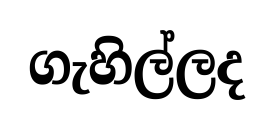
ගැහිල්ලද